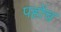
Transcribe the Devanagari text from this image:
पहोंच